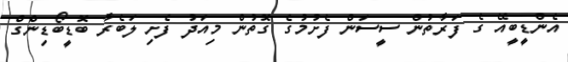
އެންޑީބީއޭ ގެ ފަރާތުން ސީސަން ފެށުމުގެ ގޮތުން މިއަދު ފެށި ލަބެރާ ބޮޑީބޯޑިންގް